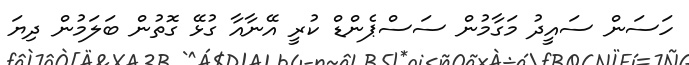
ހަސަން ސައީދު މަގާމުން ސަސްޕެންޑް ކުރީ އޭނާއާ ގުޅޭ ގޮތުން ބަލަމުން ދިޔަ